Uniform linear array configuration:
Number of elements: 4
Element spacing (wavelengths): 0.75
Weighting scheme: exponential
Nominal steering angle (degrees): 0
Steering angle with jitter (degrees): -1.026
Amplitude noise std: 0.05
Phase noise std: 0.05

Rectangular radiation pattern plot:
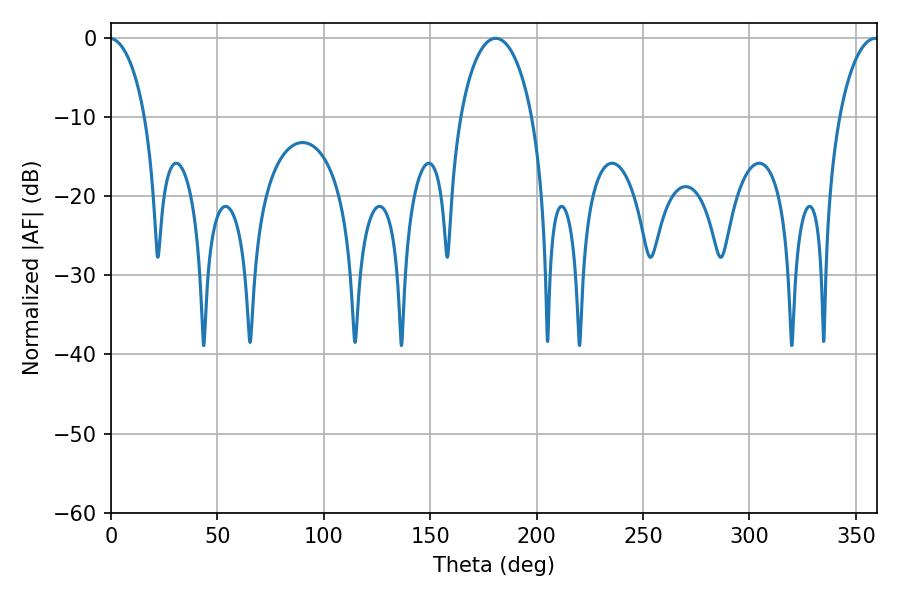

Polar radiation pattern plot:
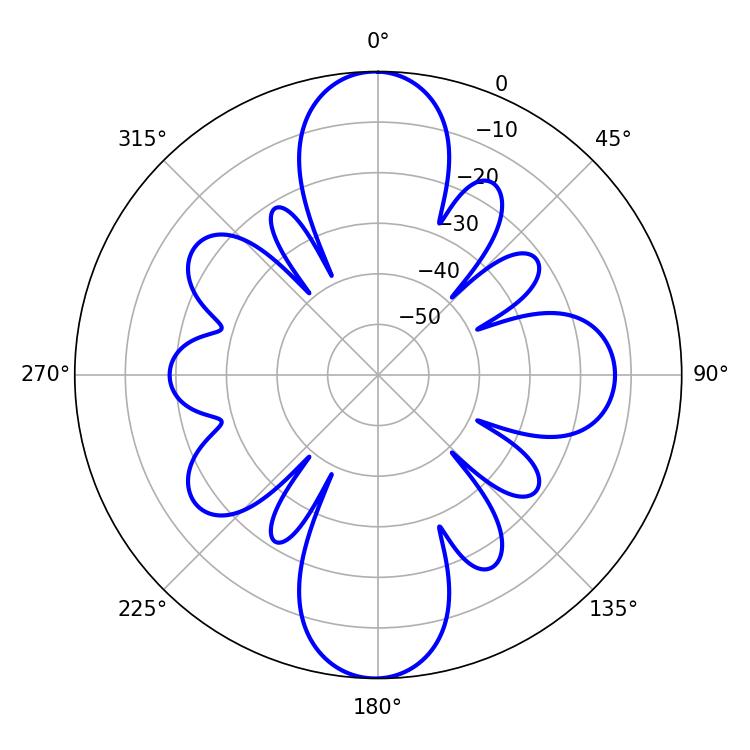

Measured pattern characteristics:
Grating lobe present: TRUE
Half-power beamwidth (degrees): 10.44
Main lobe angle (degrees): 359.28